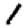
Digit: 1